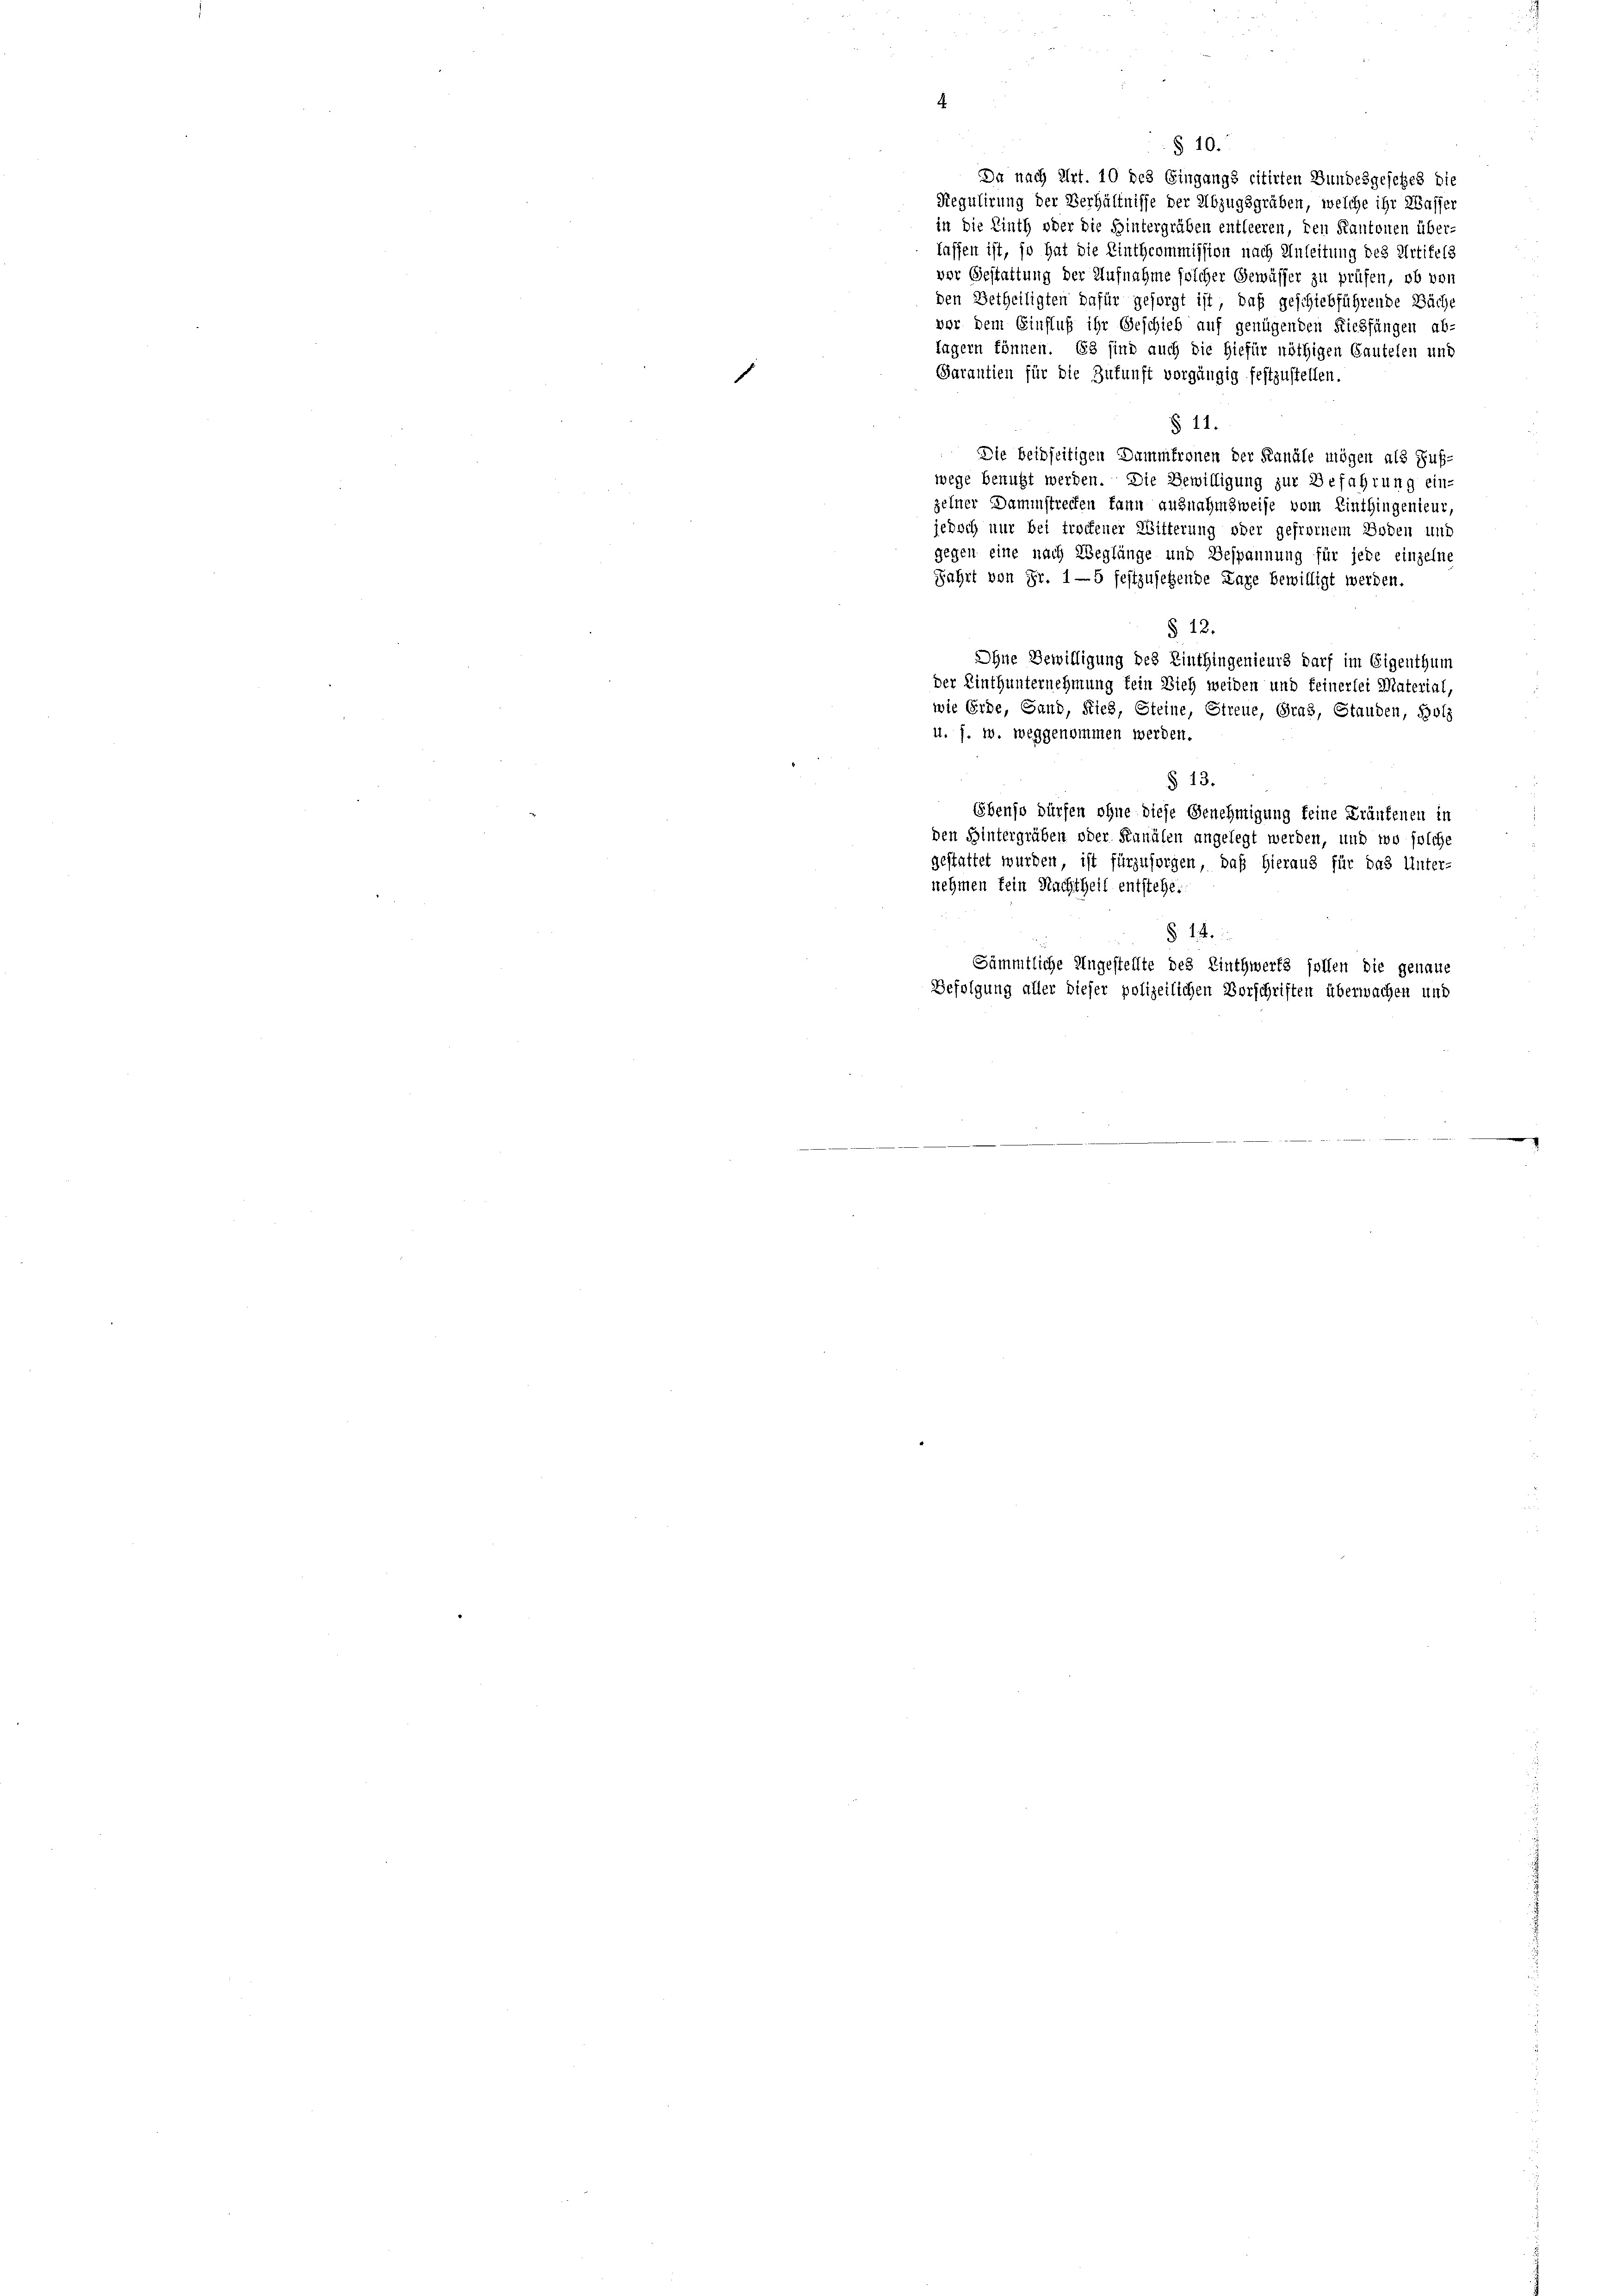
§ 10.
Du nach Art. 10 des Eingangs citirten Bundesgesetzes die
Regulirung der Verhältnisse der Abzugsgräben, welche ihr Wasser
in die Linth oder die Hintergräben entleeren, den Kantonen über-
lassen ist, so hat die Linthcommission nach Anleitung des Artikels
vor Gestattung der Aufnahme solcher Gewässer zu prüfen, ob von
den Betheiligten dafür gesorgt ist, daß geschiebführende Bäche
vor dem Einfluß ihr Geschieb auf genügenden Riesfängen ab-
lagern können. Es sind auch die hiefür nöthigen Cautelen und
Garantien für die Zukunft vorgängig festzustellen.
s
§ 11.
Die beibseitigen Dammtronen der Kanäle mögen als Fuß-
wege benutzt werden. Die Bewilligung zur Befahrung ein-
zelner Dammstrecken kann ausnahmsweise vom Einthingenieur,
jedoch nur bei trockener Witterung oder gefreiem Boden und
gegen eine nach Weglänge und Bespannung für jede einzelne
Fahrt von Fr. 1—5 festzusetzende Lage bewilligt werden.
§ 12.
Ohne Bewilligung des Einthingenieurs darf im Eigenthum
der Linthunternehmung fein Dich weiden und feinerlei Material,
wie Erde, Sand, Ries, Steine,
Streue, Gras, Standen, Holz
u. s. w. weggenommen werden.
.
§ 13.
Ebenso dürfen ohne diese Genehmigung keine Kränkenen in
den Hintergrüben oder Kanälen angelegt werden, und wo solche
gestattet wurden, ist fürzusorgen, daß hieraus für das Unter-
nehmen kein Nachtheil entstehe.
§ 14.
Sämmtliche Ungestellte des Linthwerts sollen die genaue
Befolgung aller dieser polizeilichen Vorschriften überwachen und